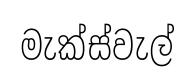
මැක්ස්වැල්